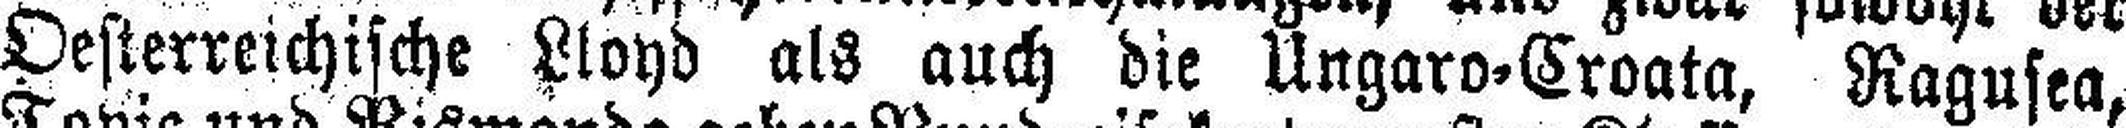
Oesterreichische Lloyd als auch die Ungaro-Croata, Ragusea,